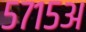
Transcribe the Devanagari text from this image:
५७१५अ